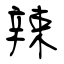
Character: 辣